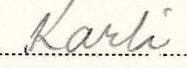
Karli